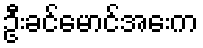
ဦးခင်မောင်အေးက